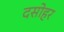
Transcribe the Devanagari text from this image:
दसोहर